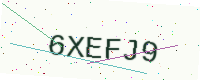
Text: 6XEFJ9